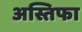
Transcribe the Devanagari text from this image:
अस्तिफा